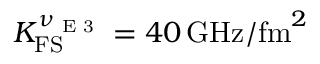
K _ { \mathrm { F S } } ^ { \nu _ { \textrm { E 3 } } } = 4 0 \, \mathrm { G H z } / \mathrm { f m } ^ { 2 }